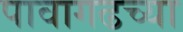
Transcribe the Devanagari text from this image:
पावागढच्या